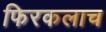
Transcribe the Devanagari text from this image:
फिरकलाच